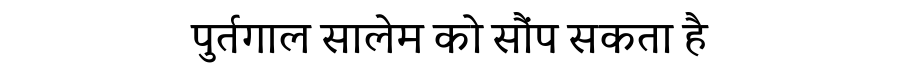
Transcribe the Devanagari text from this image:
पुर्तगाल सालेम को सौंप सकता है